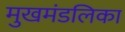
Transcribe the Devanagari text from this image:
मुखमंडलिका